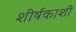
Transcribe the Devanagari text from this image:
शीर्षकाशी